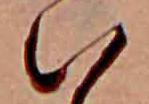
い